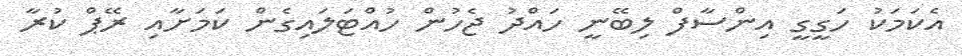
އެކަމަކު ހަގީގީ އިންސާފް ލިބޭނީ ހައްދު ޖެހުން ހުއްޓަލައިގެން ކަމަށާއި ރޭޕް ކުރާ